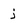
Character: j